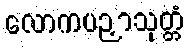
လောကပဉှာသုတ္တံ